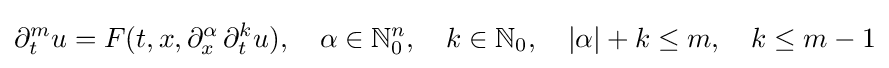
\partial _{t}^{m}u=F(t,x,\partial _{x}^{\alpha }\,\partial _{t}^{k}u),\quad \alpha \in \mathbb {N} _{0}^{n},\quad k\in \mathbb {N} _{0},\quad |\alpha |+k\leq m,\quad k\leq m-1